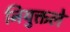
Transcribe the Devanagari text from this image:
नियुक्तले